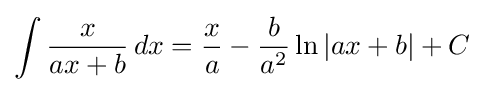
\int {\frac {x}{ax+b}}\,dx={\frac {x}{a}}-{\frac {b}{a^{2}}}\ln \left|ax+b\right|+C